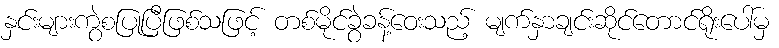
နှင်းများကွဲစပြုပြီဖြစ်သဖြင့် တစ်မိုင်ခွဲခန့်ဝေးသည့် မျက်နှာချင်းဆိုင်တောင်ရိုးပေါ်မှ